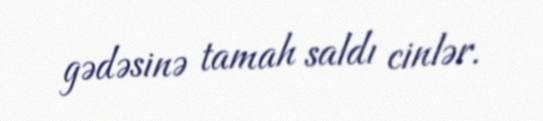
gədəsinə tamah saldı cinlər.